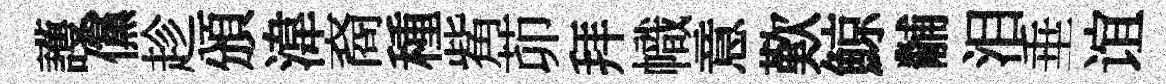
護儻趁頒湋裔種觜茆拜幟意歎鯨黼泪垂谊